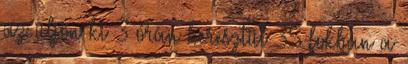
az üljön ki 3 órán keresztül 35 fokban a